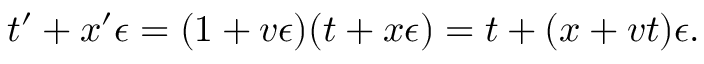
t ^ { \prime } + x ^ { \prime } \epsilon = ( 1 + v \epsilon ) ( t + x \epsilon ) = t + ( x + v t ) \epsilon .